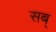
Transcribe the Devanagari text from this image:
सब्